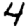
Digit: 4